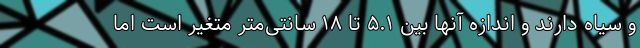
و سیاه دارند و اندازه آنها بین ۵.۱ تا ۱۸ سانتی‌متر متغیر است اما